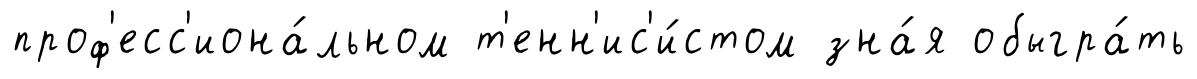
проф'есс'иона́льном т'енн'ис'и́стом зна́я обыгра́ть